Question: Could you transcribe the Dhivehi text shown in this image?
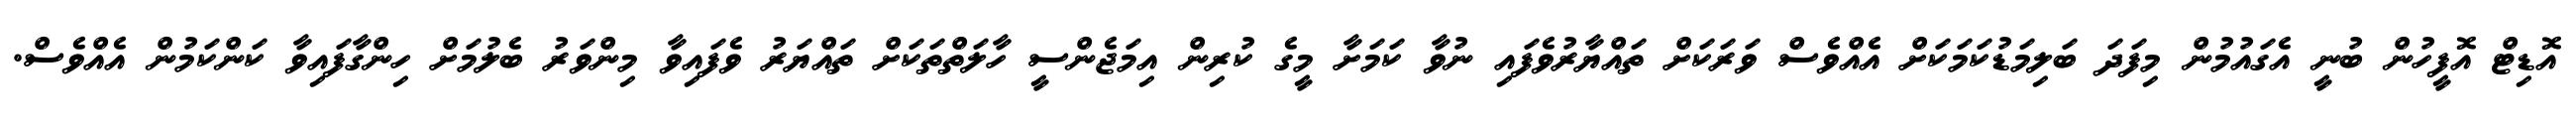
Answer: އޮޑިޓް އޮފީހުން ބުނީ އެގައުމުން މިފަދަ ބަލިމަޑުކަމަކަށް އެއްވެސް ވަރަކަށް ތައްޔާރުވެފައި ނުވާ ކަމަށާ މީގެ ކުރިން އިމަޖެންސީ ހާލަތްތަކަށް ތައްޔަރު ވެފައިވާ މިންވަރު ބެލުމަށް ހިންގާފައިވާ ކަންކަމުން އެއްވެސް.